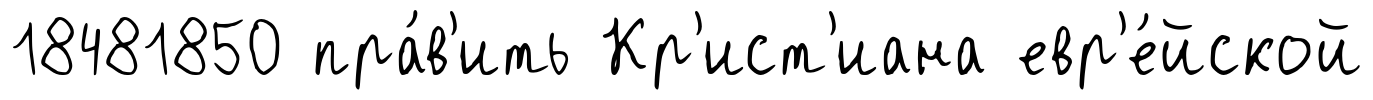
18481850 пра́в'ить Кр'ист'иана евр'е́йской